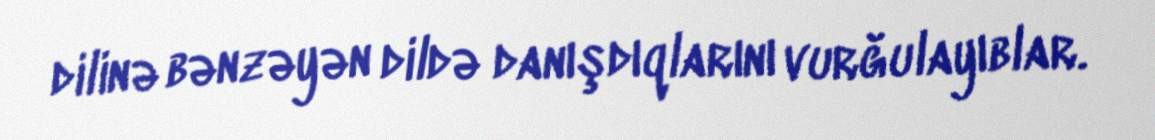
dilinə bənzəyən dildə danışdıqlarını vurğulayıblar.